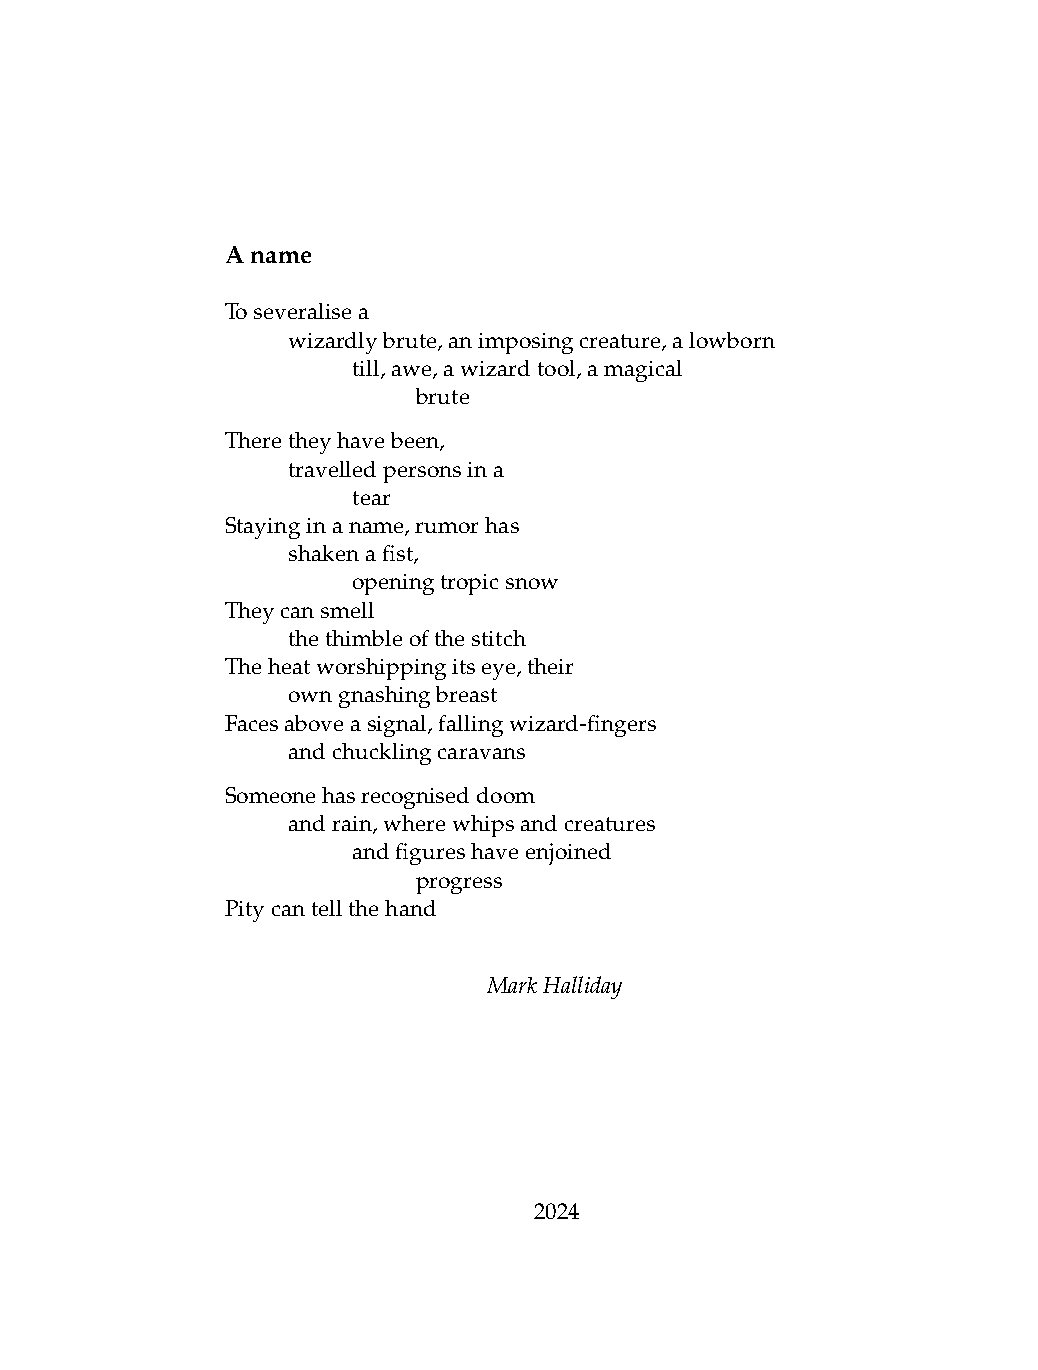
Aname
 Toseveralisea
 .   wizardlybrute,animposingcreature,alowborn
 .   .   till,awe,awizardtool,amagical
 .   .   .    brute
 Theretheyhavebeen,
 .   travelledpersonsina
 .   .   tear
 Stayinginaname,rumorhas
 .   shakenafist,
 .   .   openingtropicsnow
 Theycansmell
 .   thethimbleofthestitch
 Theheatworshippingitseye,their
 .   owngnashingbreast
 Facesaboveasignal,fallingwizard-fingers
 .   andchucklingcaravans
 Someonehasrecogniseddoom
 .   andrain,wherewhipsandcreatures
 .   .   andfigureshaveenjoined
 .   .   .    progress
 Pitycantellthehand
 MarkHalliday
 2024